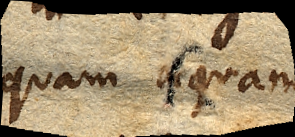
quam aquam.